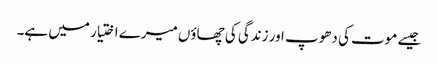
جیسے موت کی دھوپ اور زندگی کی چھاؤں میرے اختیار میں ہے۔